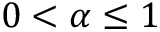
0 < \alpha \leq 1